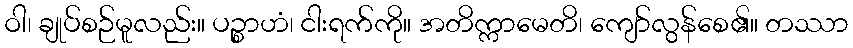
ဝါ၊ ချုပ်စဉ်မူလည်း။ ပဉ္စာဟံ၊ ငါးရက်ကို။ အတိက္ကာမေတိ၊ ကျော်လွန်စေ၏။ တဿာ